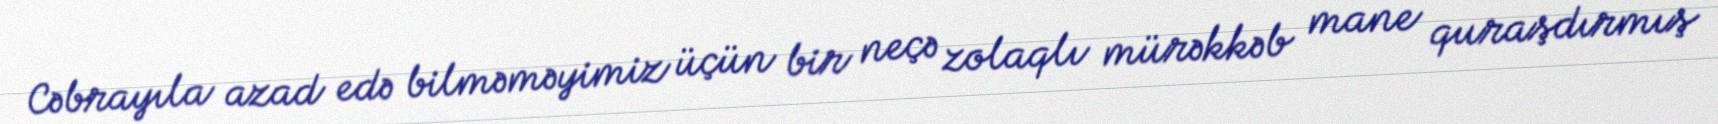
Cəbrayıla azad edə bilməməyimiz üçün bir neçə zolaqlı mürəkkəb mane quraşdırmış